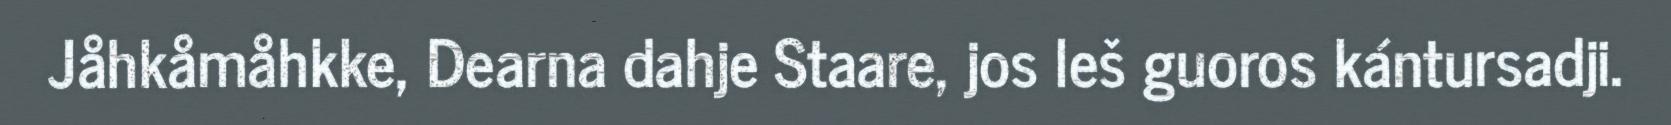
Jåhkåmåhkke, Dearna dahje Staare, jos leš guoros kántursadji.